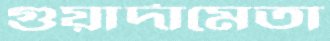
গুয়ার্দামেতা